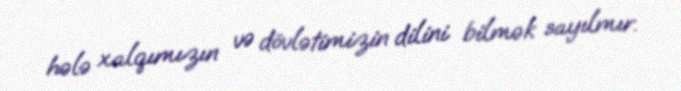
hələ xalqımızın və dövlətimizin dilini bilmək sayılmır.